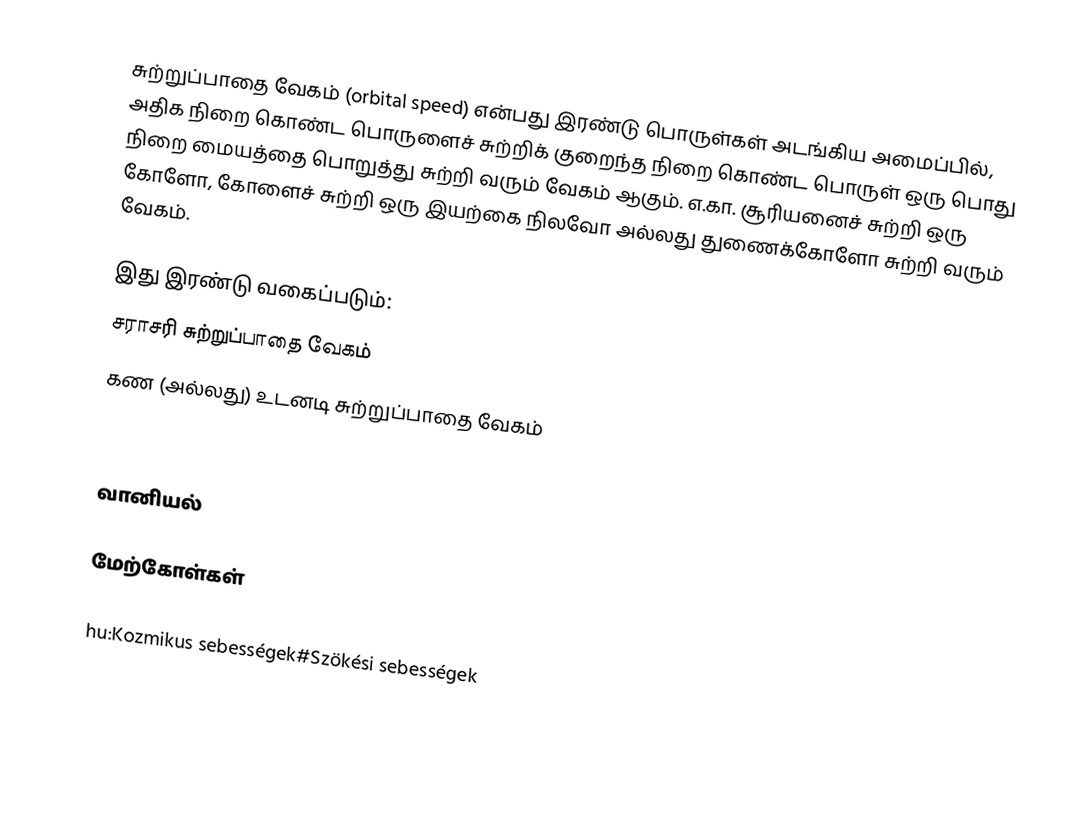
சுற்றுப்பாதை வேகம் (orbital speed) என்பது இரண்டு பொருள்கள் அடங்கிய அமைப்பில், அதிக நிறை கொண்ட பொருளைச் சுற்றிக் குறைந்த நிறை கொண்ட பொருள் ஒரு பொது நிறை மையத்தை பொறுத்து சுற்றி வரும் வேகம் ஆகும். எ.கா. சூரியனைச் சுற்றி ஒரு கோளோ, கோளைச் சுற்றி ஒரு இயற்கை நிலவோ அல்லது துணைக்கோளோ சுற்றி வரும் வேகம்.

இது இரண்டு வகைப்படும்:
   சராசரி சுற்றுப்பாதை வேகம்
   கண (அல்லது) உடனடி சுற்றுப்பாதை வேகம்

வானியல்

மேற்கோள்கள்

hu:Kozmikus sebességek#Szökési sebességek